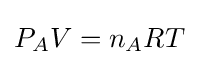
P_{A}V=n_{A}RT